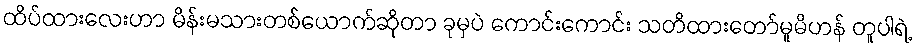
ထိပ်ထားလေးဟာ မိန်းမသားတစ်ယောက်ဆိုတာ ခုမှပဲ ကောင်းကောင်း သတိထားတော်မူမိဟန် တူပါရဲ့